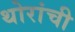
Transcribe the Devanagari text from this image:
थोरांची